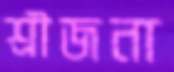
শ্রীজনা